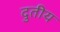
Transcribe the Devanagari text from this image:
दुतीय